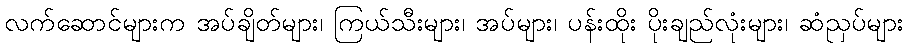
လက်ဆောင်များက အပ်ချိတ်များ၊ ကြယ်သီးများ၊ အပ်များ၊ ပန်းထိုး ပိုးချည်လုံးများ၊ ဆံညှပ်များ